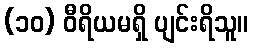
(၁၀) ဝီရိယမရှိ ပျင်းရိသူ။